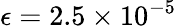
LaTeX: \epsilon=2.5\times 10^{-5}